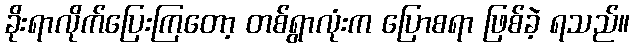
ခိုးရာလိုက်ပြေးကြတော့ တစ်ရွာလုံးက ပြောစရာ ဖြစ်ခဲ့ ရသည်။